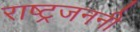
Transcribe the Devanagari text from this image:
राष्ट्रजननी